Insane asylums in Bengal annual reports 1867-1875 - 1867-1875
Year: 1867
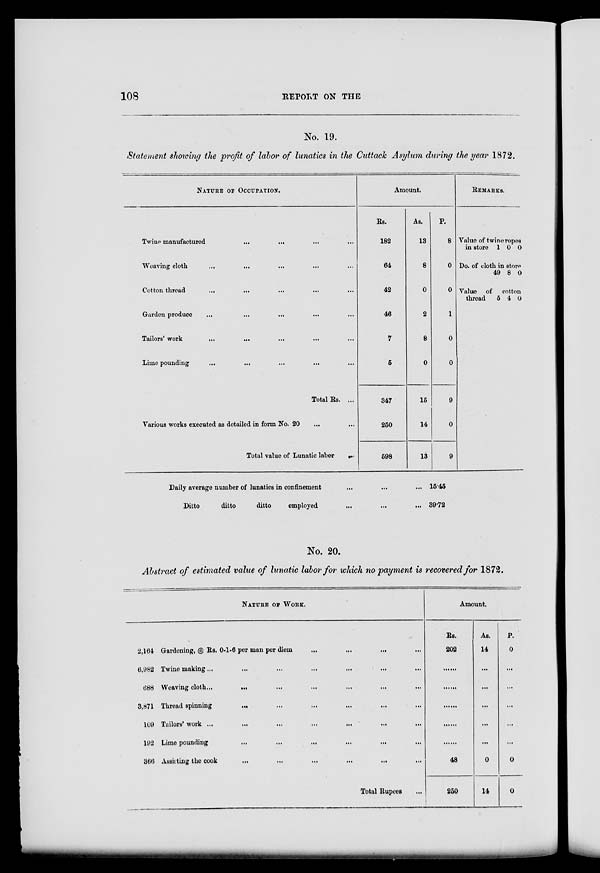
108
REPORT ON THE
No. 19.
Statement showing the profit of labor of lunatics in the Cuttack Asylum during the year 1872.
NATURE OF OCCUPATION.
Twine manufactured
...
... ... ...
Weaving cloth ... ... ... ...
Cotton thread ... ... ... ...
Garden produce ... ... ... ...
Tailors' work
...
...
...
...
Lime pounding ... ... ... ...
Total Rs. ...
Various works executed as detailed in form No. 20 ... ...
Total value of Lunatic labor
...
Amount.
Rs.
182
64
42
46
7
5
347
250
598
As.
13
8
0
2
8
0
15
14
13
P.
8
0
0
1
0
0
9
0
9
REMARKS.
Value of twine ropes
in store 1 0 0
Do. of cloth in store
49 8 0
Value of cotton
thread 5 4 0
Daily average number of lunatics in confinement ... ... ...
Ditto
ditto
ditto
employed ... ... ...
15.45
39.72
No. 20.
Abstract of estimated value of lunatic labor for which no payment is recovered for 1872.
NATURE OF WORK.
2,164
6,982
688
3,871
109
192
366
Gardening, @ Rs. 0-1-6 per man per diem
... ... ... ...
Twine making... ... ... ... ...
Weaving cloth...
... ... ... ... ...
Thread spinning
... ... ... ... ...
Tailors' work ...
...
...
...
...
...
Lime pounding
...
...
...
...
...
Assisting the cook
...
...
...
...
...
Total Rupees ...
Amount.
Rs.
202
......
......
......
......
......
48
250
As.
14
...
...
...
...
...
0
14
P.
0
...
...
...
...
...
0
0